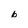
Character: b